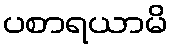
ပစာရယာမိ